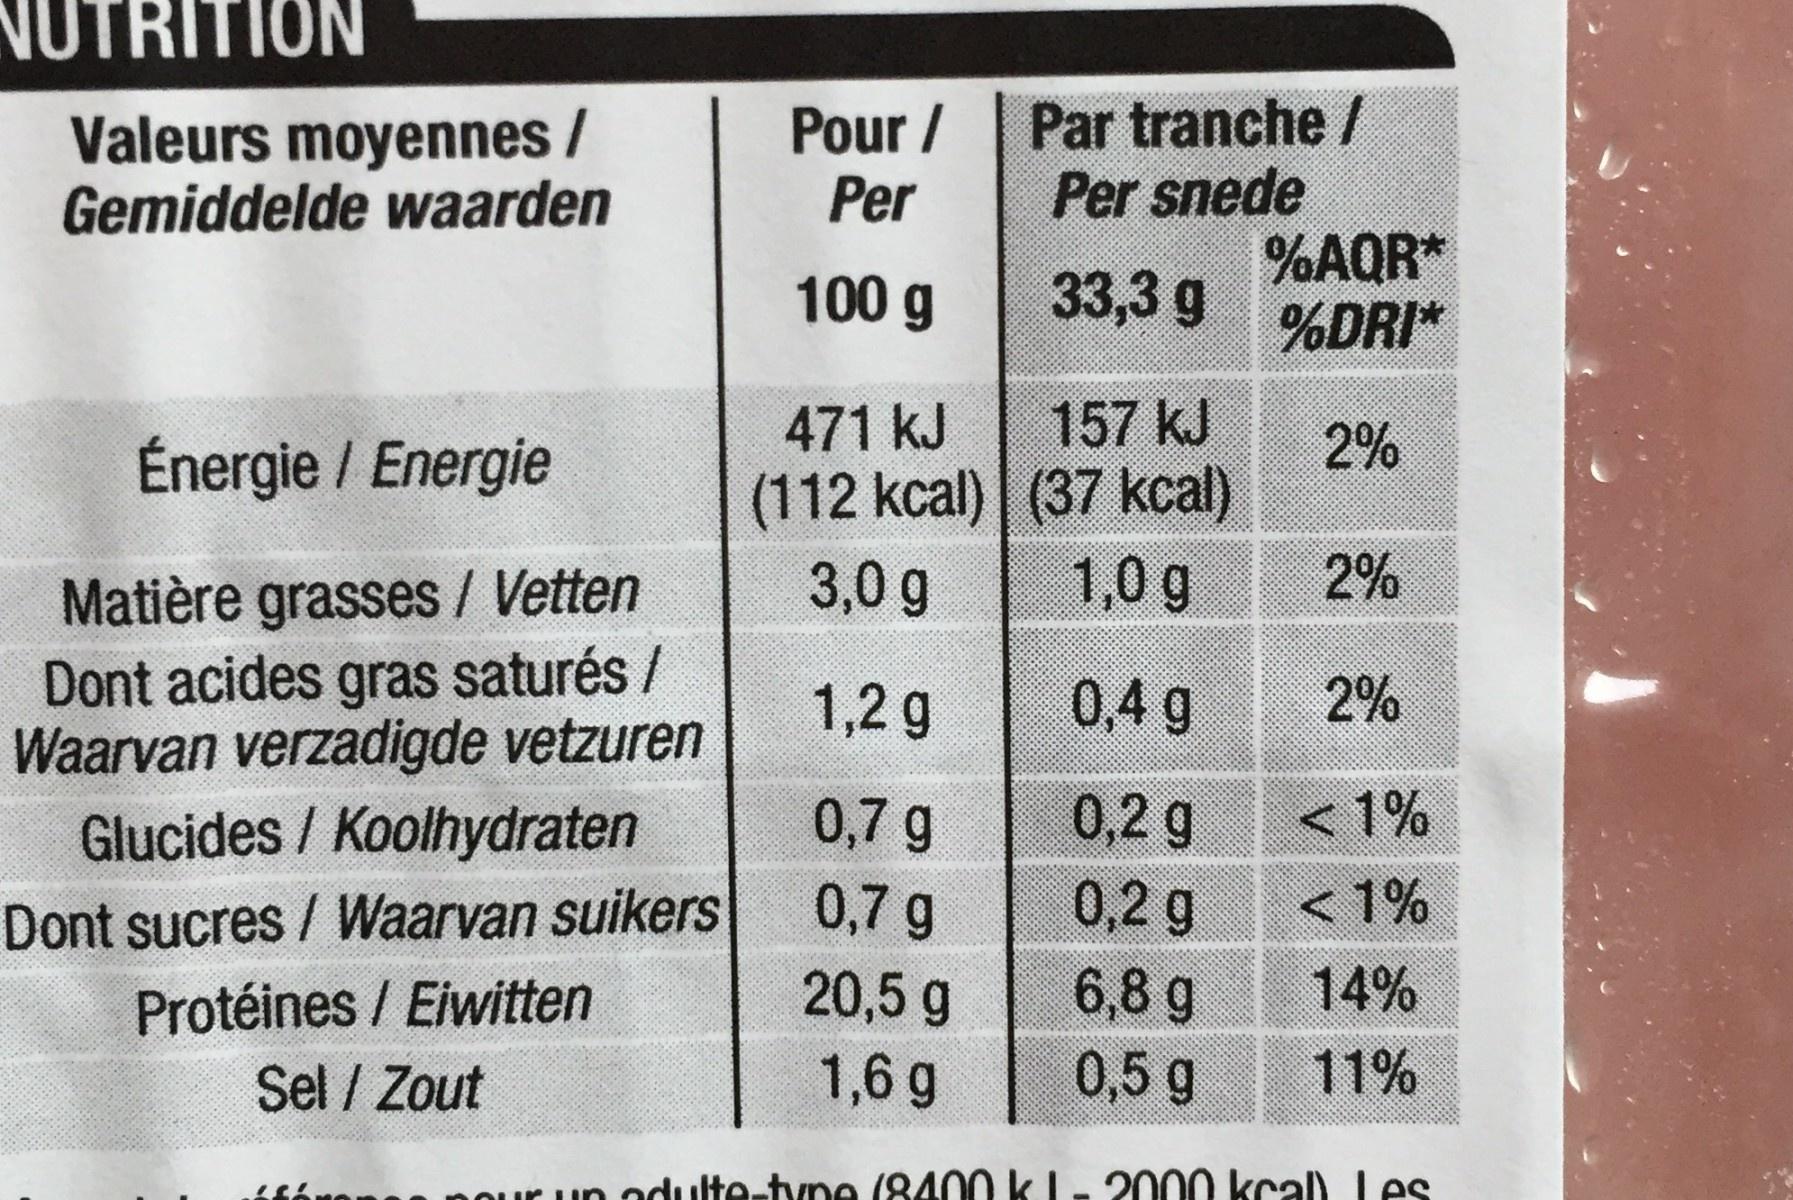
IUTRITION
Par tranche / Per snede %AQR* %DRI*
Valeurs moyennes / Gemiddelde waarden
Pour / Per
100 g
33,3 g
471 kJ
157KJ
2% (37kcal) 1,0 g
Énergie / Energie
(112 kcal) ( 3,0 g
2%
Matière grasses / Vetten Dont acides gras saturés / Waarvan verzadigde vetzuren Glucides / Koolhydraten
1,2 g
0,4 9
2%
0,2 g
<1%
0,7 g 0,7 g
Dont sucres / Waarvan suikers
0,2 g
<1%
6,8 g 0,5 g
Protéines / Eiwitten
20,5 g
14%
Sel / Zout
1,6 g
11%
nour un odulte-tyne (8400 kL- 2000 kcal)Les